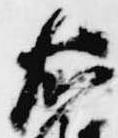
右